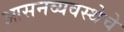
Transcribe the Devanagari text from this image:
आसनव्यवस्थेचे